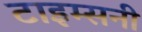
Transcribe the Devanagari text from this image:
टाइम्सनी